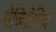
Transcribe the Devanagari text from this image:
वेजिटेटिव